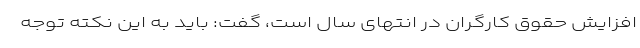
افزایش حقوق کارگران در انتهای سال است، گفت: باید به این نکته توجه